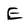
Character: E